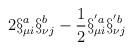
LaTeX: \begin{align*}2\S^a_{\mu i}\S^b_{\nu j}-{1\over 2}\S^{'a}_{\mu i}\S^{'b}_{\nu j}\end{align*}